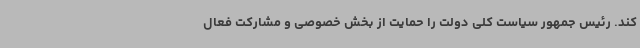
کند. رئیس جمهور سیاست کلی دولت را حمایت از بخش خصوصی و مشارکت فعال